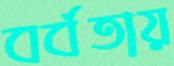
বর্বতায়